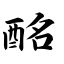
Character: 酩